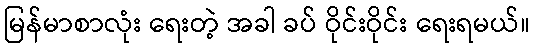
မြန်မာစာလုံး ရေးတဲ့ အခါ ခပ် ဝိုင်းဝိုင်း ရေးရမယ်။